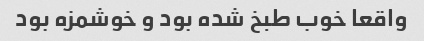
واقعا خوب طبخ شده بود و خوشمزه بود